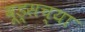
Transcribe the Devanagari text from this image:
वूड्सच्या